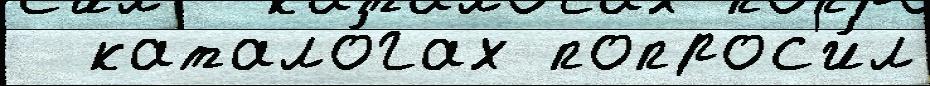
  катало́гах попрос'и́л